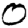
Digit: 0